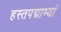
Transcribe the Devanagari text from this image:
हस्तपद्माभ्यां